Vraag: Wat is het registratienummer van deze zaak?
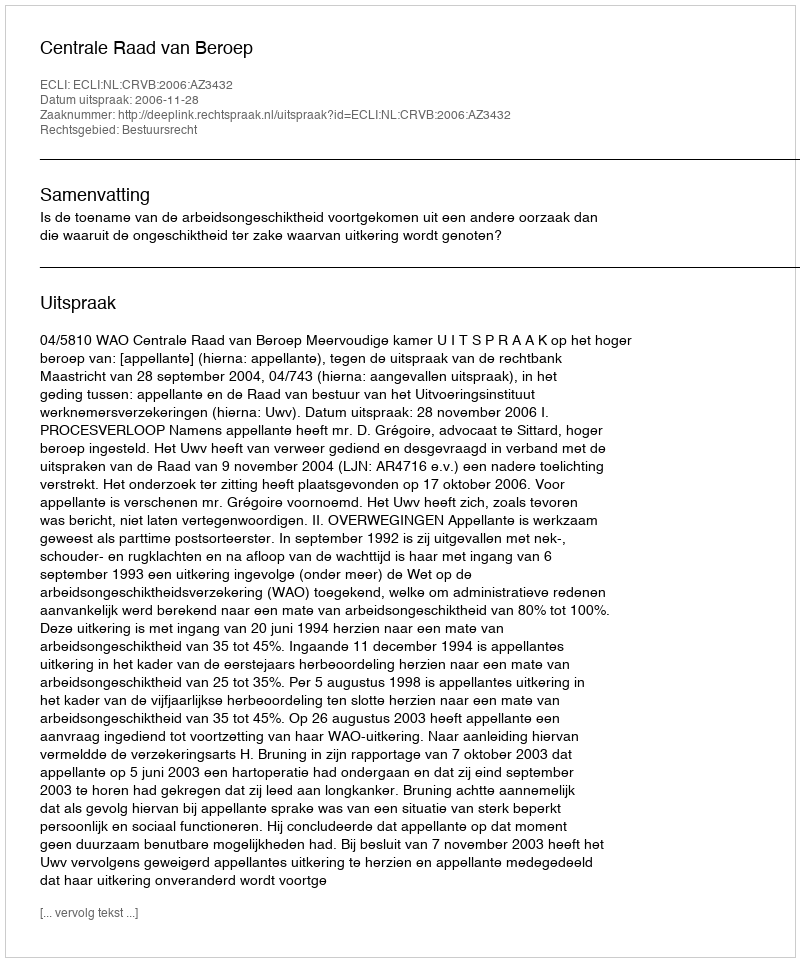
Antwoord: http://deeplink.rechtspraak.nl/uitspraak?id=ECLI:NL:CRVB:2006:AZ3432